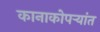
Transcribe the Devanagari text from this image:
कानाकोपऱ्यांत